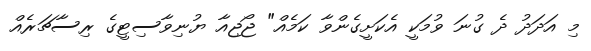
މި އަދަދު ދެ ގުނަ ވުމަކީ އެކަށީގެންވާ ކަމެއް" ޖޯޖިއާ ޔުނިވާސިޓީގެ ރިސާޗަރެއް